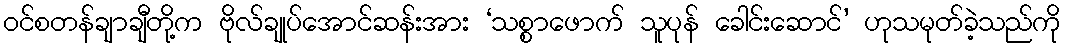
ဝင်စတန်ချာချီတို့က ဗိုလ်ချုပ်အောင်ဆန်းအား ‘သစ္စာဖောက် သူပုန် ခေါင်းဆောင်’ ဟုသမုတ်ခဲ့သည်ကို